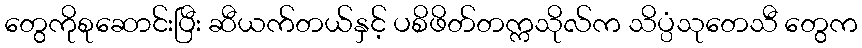
တွေကိုစုဆောင်းပြီး ဆီယက်တယ်နှင့် ပစိဖိတ်တက္ကသိုလ်က သိပ္ပံသုတေသီ တွေက